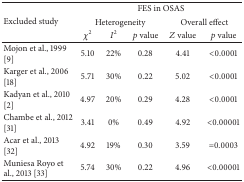
<table><thead><tr><td rowspan="3"><b>Excluded study</b></td><td colspan="5"><b>FES in OSAS</b></td></tr><tr><td colspan="3"><b>Heterogeneity</b></td><td colspan="2"><b>Overall effect</b></td></tr><tr><td><b><i>χ</i><sup>2</sup></b></td><td><b><i>I</i><sup>2</sup></b></td><td><b><i>p</i> value</b></td><td><b><i>Z</i> value</b></td><td><b><i>p</i> value</b></td></tr></thead><tbody><tr><td>Mojon et al., 1999 [9]</td><td>5.10</td><td> 22%</td><td>0.28</td><td>4.41</td><td>&lt;0.0001</td></tr><tr><td>Karger et al., 2006 [18]</td><td>5.71</td><td>30%</td><td>0.22</td><td>5.02</td><td>&lt;0.0001</td></tr><tr><td>Kadyan et al., 2010 [2]</td><td>4.97</td><td>20%</td><td>0.29</td><td>4.28</td><td>&lt;0.0001</td></tr><tr><td>Chambe et al., 2012 [31]</td><td>3.41</td><td>0%</td><td>0.49</td><td>4.92</td><td>&lt;0.00001</td></tr><tr><td>Acar et al., 2013 [32]</td><td>4.92</td><td>19%</td><td>0.30</td><td>3.59</td><td>=0.0003</td></tr><tr><td>Muniesa Royo et al., 2013 [33]</td><td>5.74</td><td>30%</td><td>0.22</td><td>4.96</td><td>&lt;0.00001</td></tr></tbody></table>